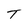
Character: T